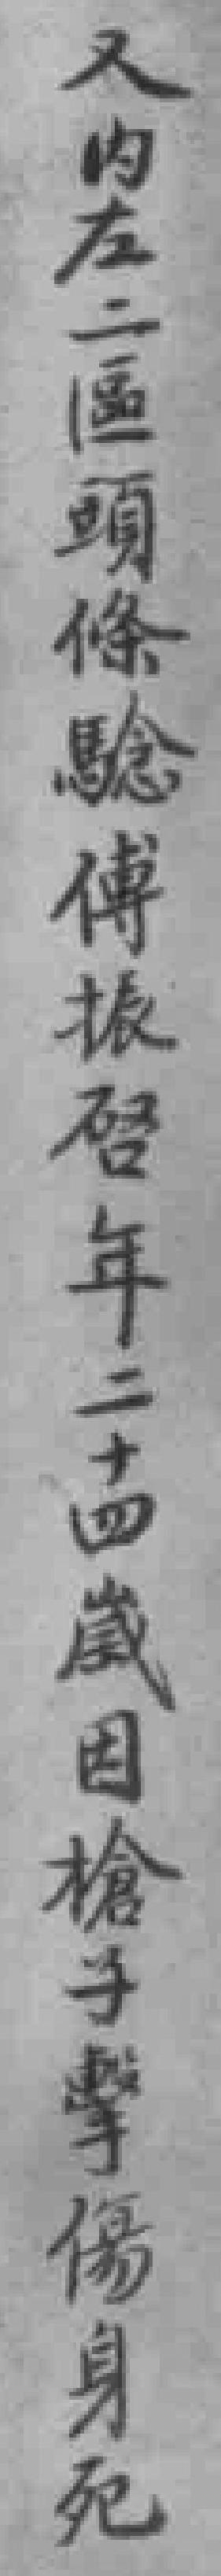
又内左二區頭條驗傅振啓年二十四歲因槍子擊傷身死